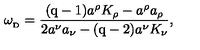
\omega _ { _ \mathrm { D } } = { \frac { { ( \mathrm { q - 1 ) } } a ^ { \rho } K _ { \rho } - a ^ { \rho } a _ { \rho } } { 2 a ^ { \nu } a _ { \nu } - { ( \mathrm { q - 2 ) } } a ^ { \nu } K _ { \nu } } } ,